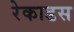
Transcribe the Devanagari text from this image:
रेकाडस